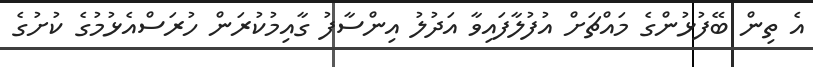
އެ ތިން ބޭފުޅުންގެ މައްޗަށް އުފުލާފައިވާ އަދުލު އިންސާފު ގާއިމުކުރަން ހުރަސްއެޅުމުގެ ކުށުގެ